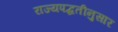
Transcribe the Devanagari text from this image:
राज्यपद्धतीनुसार